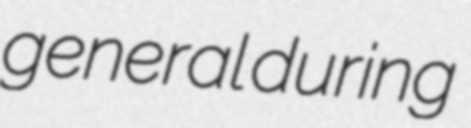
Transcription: general during